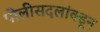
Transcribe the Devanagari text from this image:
पोलीसदलांक्डून